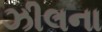
ઝીલના